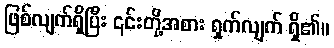
ဖြစ်လျက်ရှိပြီး ၎င်းတို့အစား ရှက်လျက် ရှိ၏။